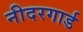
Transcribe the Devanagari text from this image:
नीदरगार्ड